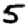
Digit: 5